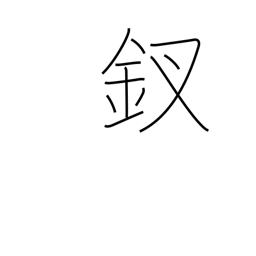
Meaning: ornamental hairpin